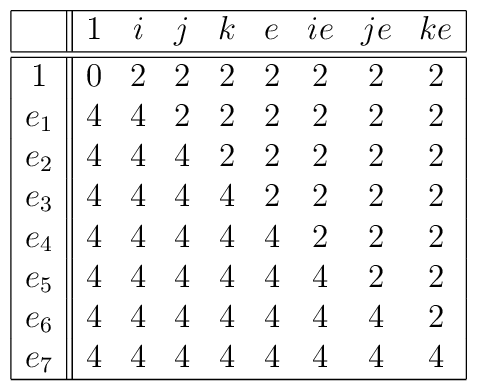
\begin{array}{|c||cccccccc|}\hline & 1 & i & j & k & e & ie & je & ke  \\\hline\hline1 & 0 & 2 & 2 & 2 & 2 & 2 & 2 & 2  \\e_{1} & 4 & 4 & 2 & 2 & 2 & 2 & 2 & 2  \\e_{2} & 4 & 4 & 4 & 2 & 2 & 2 & 2 & 2  \\e_{3} & 4 & 4 & 4 & 4 & 2 & 2 & 2 & 2  \\e_{4} & 4 & 4 & 4 & 4 & 4 & 2 & 2 & 2  \\e_{5} & 4 & 4 & 4 & 4 & 4 & 4 & 2 & 2  \\e_{6} & 4 & 4 & 4 & 4 & 4 & 4 & 4 & 2  \\e_{7} & 4 & 4 & 4 & 4 & 4 & 4 & 4 & 4  \\\hline\end{array}